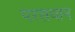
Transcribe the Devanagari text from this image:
परसथान